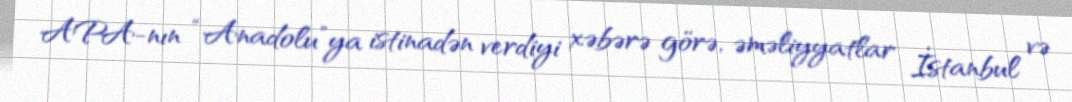
APA-nın “Anadolu”ya istinadən verdiyi xəbərə görə, əməliyyatlar İstanbul və